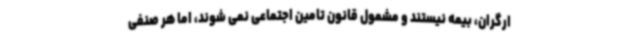
ارگران، بیمه نیستند و مشمول قانون تامین اجتماعی نمی شوند، اما هر صنفی